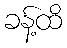
ခန့်ထိ